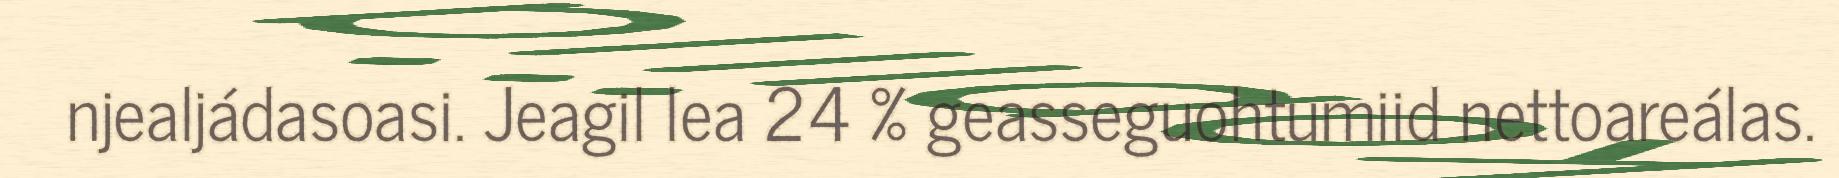
njealjádasoasi. Jeagil lea 24 % geasseguohtumiid nettoareálas.